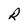
Character: R